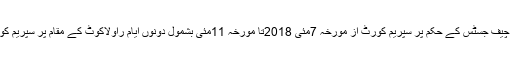
تفصیلات کے مطابق آزاد جموںوکشمیر عدالت عظمیٰ کے چیف جسٹس کے حکم پر سپریم کورٹ از مورخہ 7مئی 2018تا مورخہ 11مئی بشمول دونوں ایام راولاکوٹ کے مقام پر سپریم کورٹ کی برانچ رجسٹری میں مقدمات کی سماعت کرے گا۔